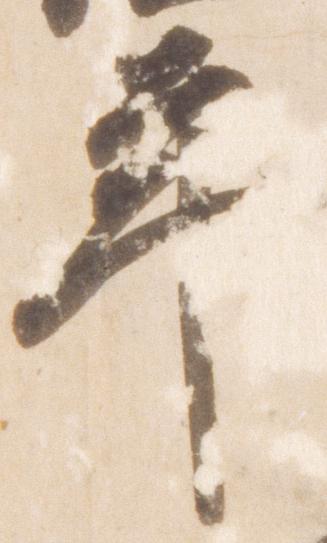
年